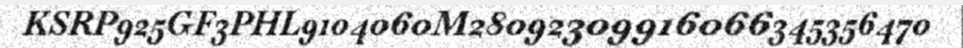
KSRP925GF3PHL9104060M28092309916066345356470